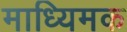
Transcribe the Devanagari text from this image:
माध्यिमक